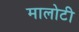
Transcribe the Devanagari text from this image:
मालोटी